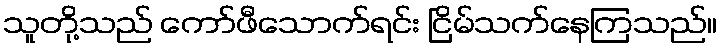
သူတို့သည် ကော်ဖီသောက်ရင်း ငြိမ်သက်နေကြသည်။